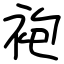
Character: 袍